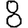
Digit: 8